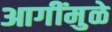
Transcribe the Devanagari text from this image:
आगींमुळे